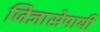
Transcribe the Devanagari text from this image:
जिज्ञासेपायी